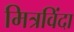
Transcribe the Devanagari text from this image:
मित्रविंदा